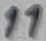
Text: 11